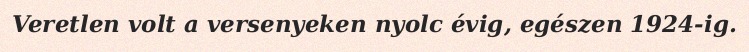
Veretlen volt a versenyeken nyolc évig, egészen 1924-ig.